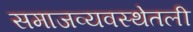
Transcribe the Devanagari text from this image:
समाजव्यवस्थेतली